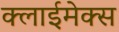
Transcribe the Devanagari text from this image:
क्लाईमेक्स